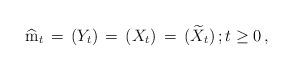
LaTeX: \begin{align*} \widehat{\mathrm m}_{t} \, =\, ( Y_{t}) \, =\, ( X_{t}) \, =\, ( \widetilde{X}_{t}) \, ; t \ge 0 \, , \end{align*}